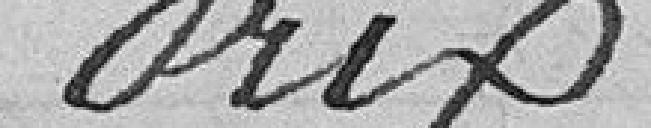
Prix